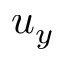
u _ { y }